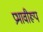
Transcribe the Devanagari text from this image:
प्रभावीरूप